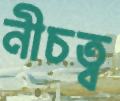
নীচত্ব